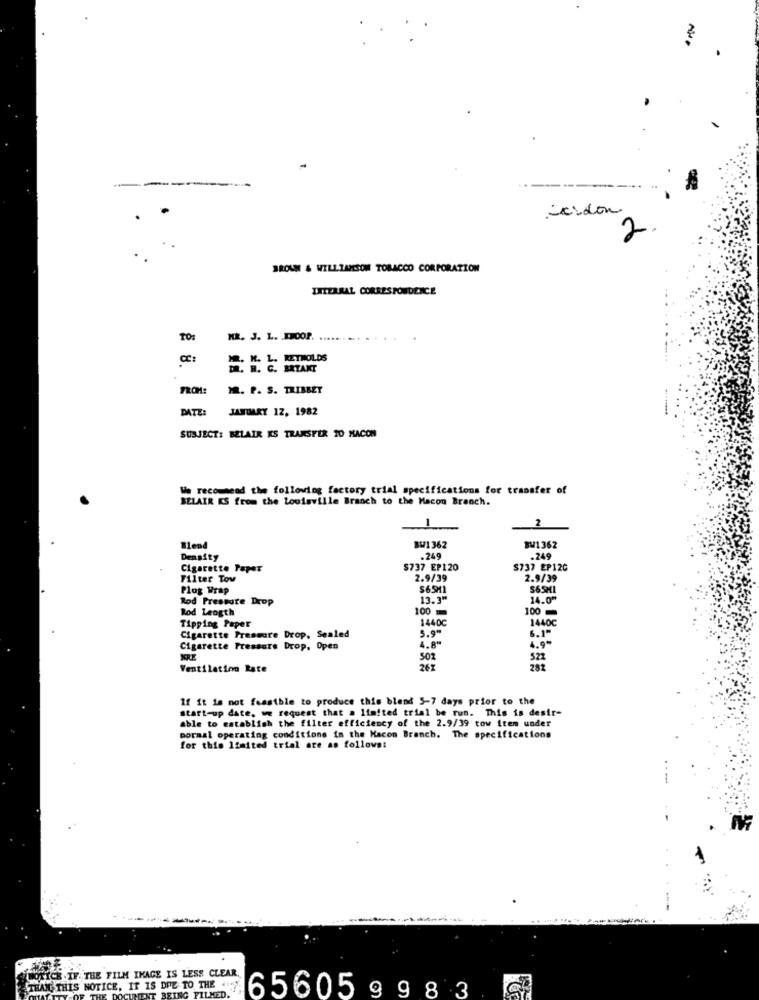
-
icidon
2
BROWN & WILLIAMSOM TOBACCO CORPORATION
IXTERRAL CORRESPONDENCE
TO:
KR. J. L. LOOP.
12. K. L. REYNOLDS
DR. H. C. ERTANT
FROM:
M. P. S. TRIBBET
DATE:
JANUARY 12, 1982
SUBJECT: BELAIR KS TRANSFER TO XACOM
We recommend the following factory trial specifications for transfer of
BELAIR KS from the Louisville Branch to the Macon Branch.
2
Blend
BW1362
BW1362
Density
.249
.249
Cigarette Paper
$737 EP120
$737 EP120
Filter Tov
2.9/39
2.9/39
Plug Wrap
$65M1
S65HI
Rod Pressure Drop
13.3"
14.0"
Rod Leogth
100
100
14400
1440C
Tipping Paper
5.90
6.1"
Cigarette Pressure Drop, Sealed
Cigarette Pressure Drop, Open
4.8"
4.9-
502
522
Ventilation Rate
267
282
If it is not feasible to produce this blend 5-7 days prior to the
start-up date, we request that a limited trial be run. This is desir-
able to establish the filter efficiency of the 2.9/39 tow item under
poraal operating conditions in the Macon Branch. The specifications
for this limited trial are as follows:
WOTICE .IF THE FILM IMAGE IS LESS CLEAR.
THAN THIS NOTICE, IT IS DUE TO THE 414
EING FILMED.
656059 983